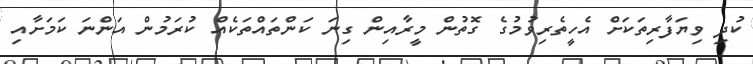
ކުދި ވިޔަފާރިތަކަށް އެހީތެރިވުމުގެ ގޮތުން މީރާއިން ގިނަ ކަންތައްތަކެއް ކުރަމުން އަންނަ ކަމަށާއި